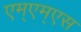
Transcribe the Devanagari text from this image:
एम्एम्एस